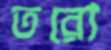
তরো